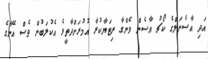
އަދި އާސެނަލްގެ ކޯޗު އާސެން ވެންގާ ރިޓަޔާކުރާ އުމުރަށްދާތީވެ އެކުލަބުން ވެސް އޭނާގެ